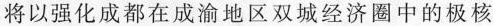
将以强化成都在成渝地区双城经济圈中的极核